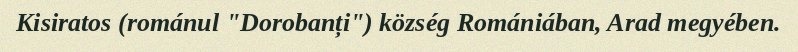
Kisiratos (románul "Dorobanți") község Romániában, Arad megyében.